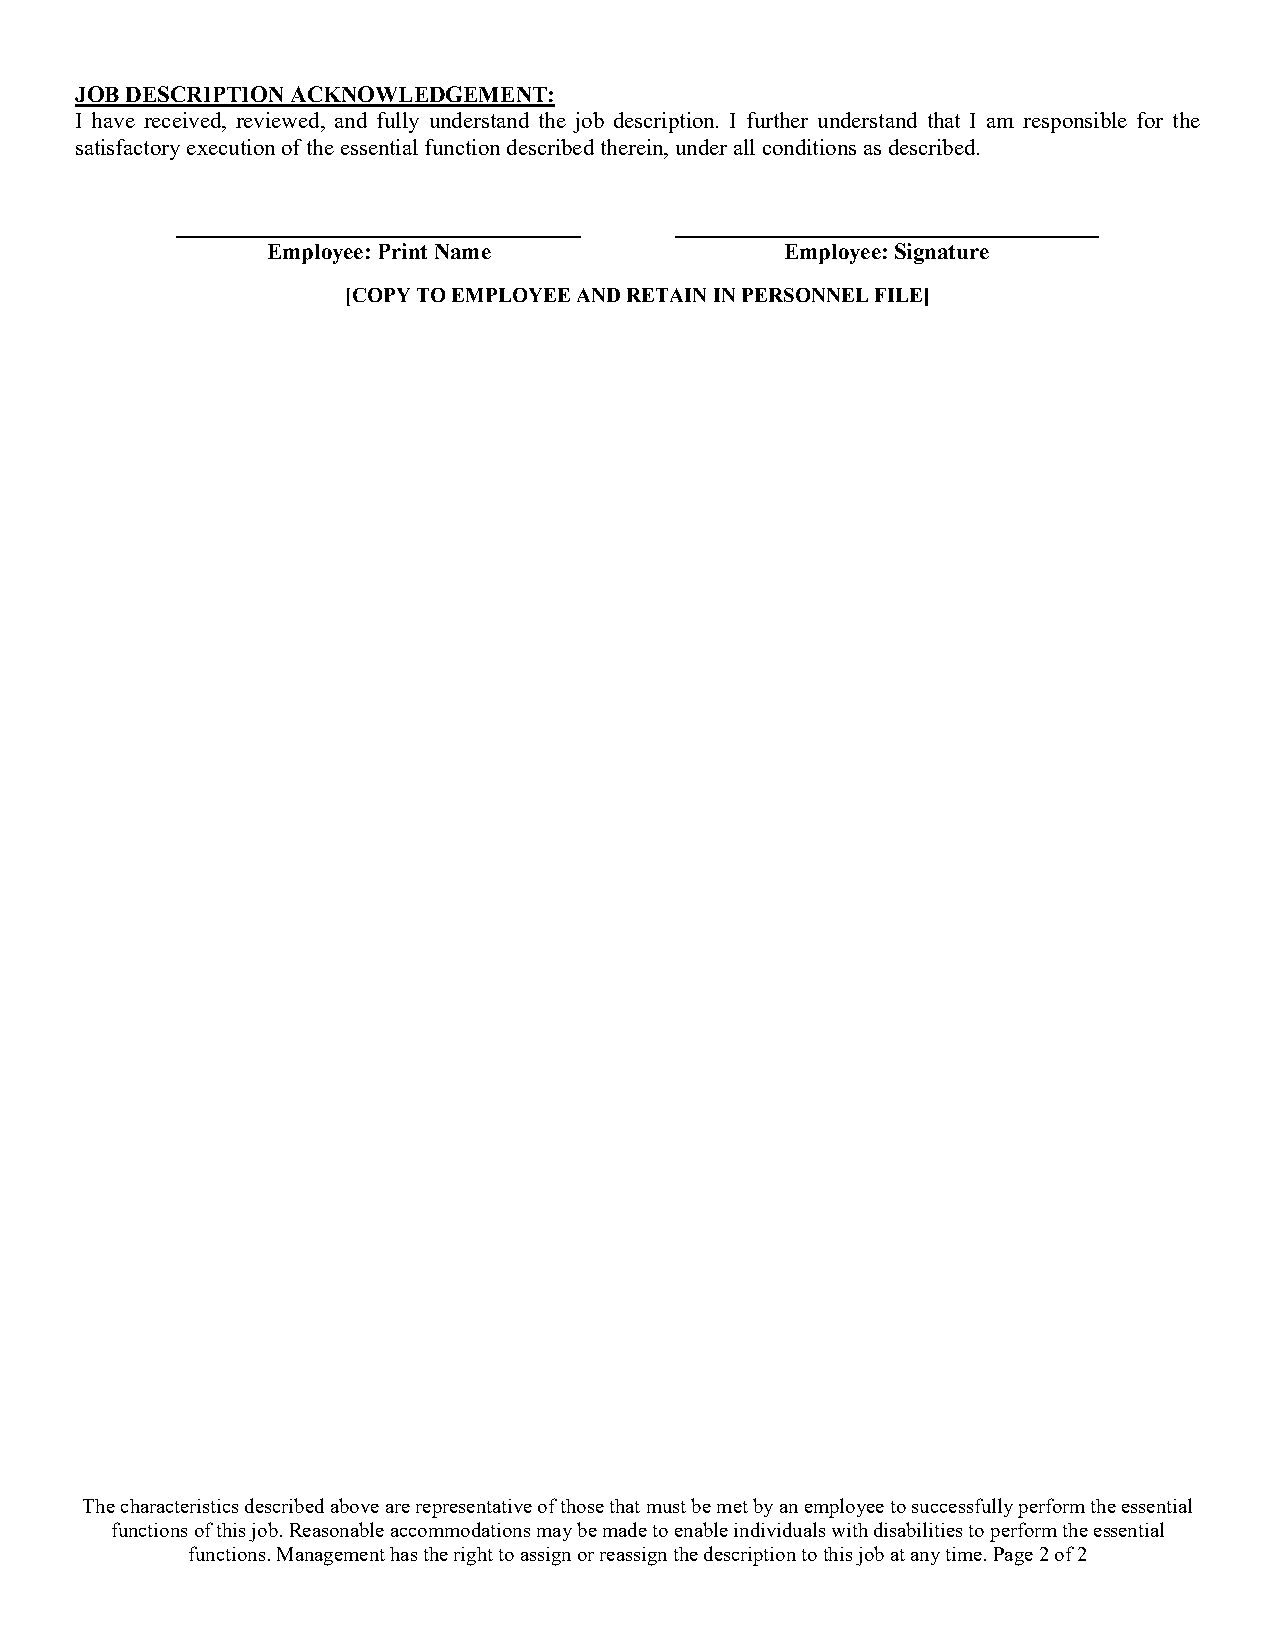
JOB DESCRIPTION ACKNOWLEDGEMENT:
 I have received, reviewed, and fully understand the job description. I further understand that I am responsible for the
 satisfactory execution of the essential function described therein, under all conditions as described.
 Employee: Print Name              Employee: Signature
 [COPY TO EMPLOYEE AND RETAIN IN PERSONNEL FILE]
 The characteristics described above are representative of those that must be met by an employee to successfully perform the essential
 functions of this job. Reasonable accommodations may be made to enable individuals with disabilities to perform the essential
 functions. Management has the right to assign or reassign the description to this job at any time. Page 2 of 2